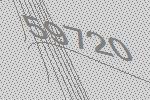
59720